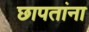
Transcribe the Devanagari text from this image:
छापतांना